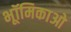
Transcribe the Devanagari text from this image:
भूॉमिकाओ